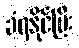
ခံရနိုင်ပြီး